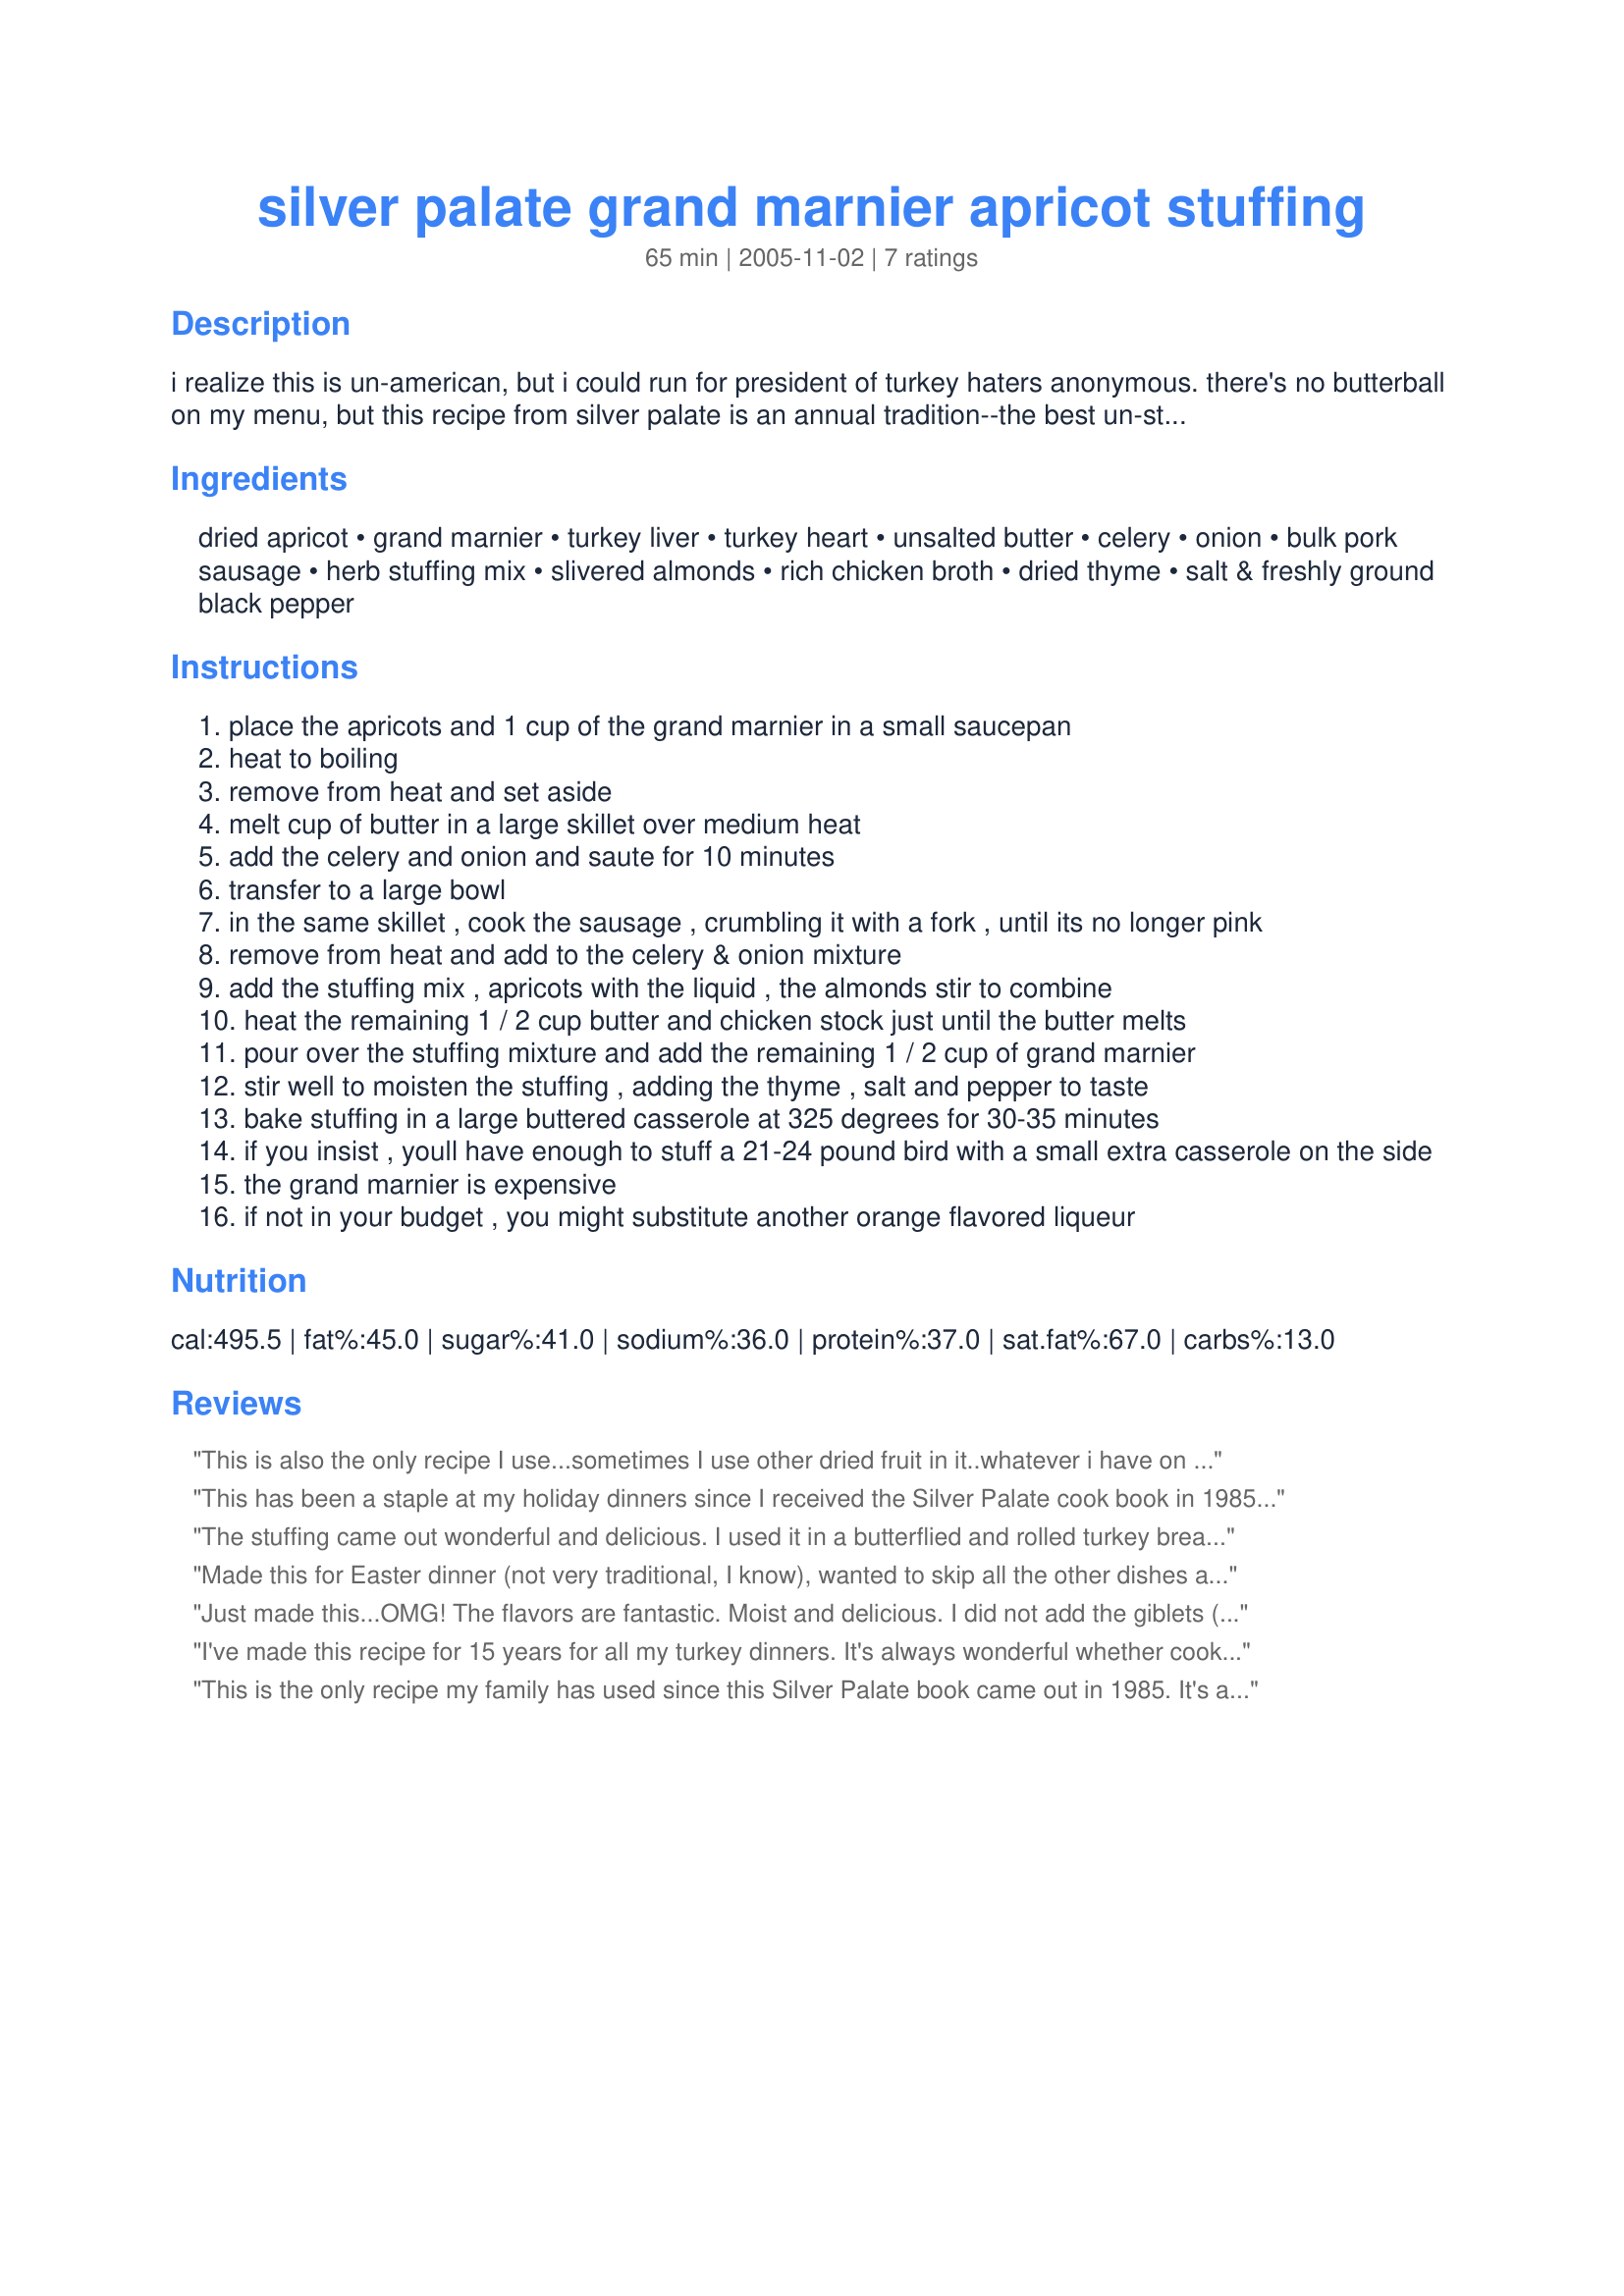
silver palate grand marnier apricot stuffing
Preparation time: 65 minutes

i realize this is un-american, but i could run for president of turkey haters anonymous. there's no butterball on my menu, but this recipe from silver palate is an annual tradition--the best un-stuffed stuffing ever! it goes along with the sp recipe for “thanksgiving potatoes” already on zaar in many versions - potatoes mashed with butter, cream cheese & sour cream. with these two things on your plate, who needs the bird? tha’ers unite. i know you’re out there.

Ingredients:
dried apricot, grand marnier, turkey liver, turkey heart, unsalted butter, celery, onion, bulk pork sausage, herb stuffing mix, slivered almonds, rich chicken broth, dried thyme, salt & freshly ground black pepper

Steps:
place the apricots and 1 cup of the grand marnier in a small saucepan
heat to boiling
remove from heat and set aside
melt cup of butter in a large skillet over medium heat
add the celery and onion and saute for 10 minutes
transfer to a large bowl
in the same skillet , cook the sausage , crumbling it with a fork , until its no longer pink
remove from heat and add to the celery & onion mixture
add the stuffing mix , apricots with the liquid , the almonds stir to combine
heat the remaining 1 / 2 cup butter and chicken stock just until the butter melts
pour over the stuffing mixture and add the remaining 1 / 2 cup of grand marnier
stir well to moisten the stuffing , adding the thyme , salt and pepper to taste
bake stuffing in a large buttered casserole at 325 degrees for 30-35 minutes
if you insist , youll have enough to stuff a 21-24 pound bird with a small extra casserole on the side
the grand marnier is expensive
if not in your budget , you might substitute another orange flavored liqueur

Reviews:
This is also the only recipe I use...sometimes I use other dried fruit in it..whatever i have on hand..someimes I use the turkey sausage since my mother is allergic to pork...I also have used other orange liquers with great results...
This has been a staple at my holiday dinners since I received the Silver Palate cook book in 1985. I've done it with and without the liver and heart, I didn't notice that much of a difference. The best was when I started using whole wheat seasoned bread stuffing. I have always used Grand Marnier. I like having the rest of the bottle to sip throughout the balance of winter.
The stuffing came out wonderful and delicious. I used it in a butterflied and rolled turkey breast recipe. I also substituted Triple Sec for the Grand Marnier. I used a day (or two) old Italian bread loaf and seasoned it myself with fresh thyme, parsley, sage, and rosemary. I liked the use of the dried apricots and almonds, nice touch!
Made this for Easter dinner (not very traditional, I know), wanted to skip all the other dishes and just fill my plate with this. I have stubbornly clung to my mother's stuffing recipe for my entire adult life, this totally changed my mind. This will be THE turkey stuffing in my home from this point. I used Triple Sec, Grand Marnier is just a little too pricey for anything except drinking-lol. I did not use any internal organs, can't imagine anything would have made this any better. Loved it!!!
Just made this...OMG! The flavors are fantastic. Moist and delicious. I did not add the giblets (ew). This will definitely be on our Thanksgiving table in the years to come.
I've made this recipe for 15 years for all my turkey dinners. It's always wonderful whether cooked in the turkey or on the side. I use Triple Sec instead of the Grand Marnier and I always include the liver and heart. Many in my family don't like them but they don't notice it in this recipe and the extra flavor they add is a big plus.
This is the only recipe my family has used since this Silver Palate book came out in 1985. It's amazing. It sounds more alcohol-soaked than the finished product tastes. It IS pricey because of the Grand Marnier, but worth every penny!
